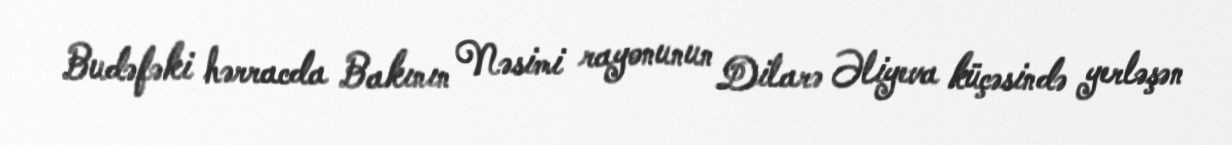
Budəfəki hərracda Bakının Nəsimi rayonunun Dilarə Əliyeva küçəsində yerləşən